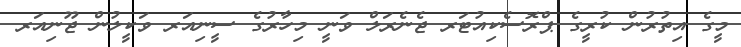
މީގެ އިތުރުން ކުރީގެ ޕްރޮސެކިއުޓަރ ޖެނެރަލް ވަނީ މިހާރުގެ ސީނިއަރ ވަކީލުން ޖޫނިއަރ